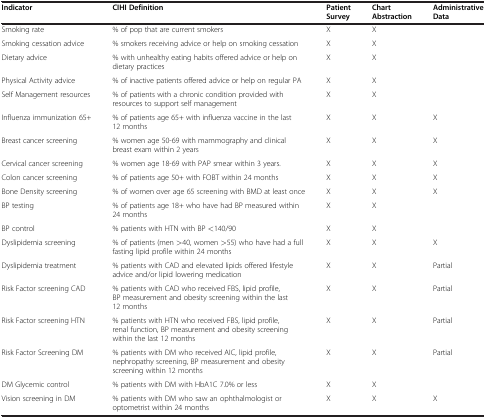
<table><thead><tr><td><b>Indicator</b></td><td><b>CIHI Definition</b></td><td><b>Patient Survey</b></td><td><b>Chart Abstraction</b></td><td><b>Administrative Data</b></td></tr></thead><tbody><tr><td>Smoking rate</td><td>% of pop that are current smokers</td><td>X</td><td>X</td><td> </td></tr><tr><td>Smoking cessation advice</td><td>% smokers receiving advice or help on smoking cessation</td><td>X</td><td>X</td><td> </td></tr><tr><td>Dietary advice</td><td>% with unhealthy eating habits offered advice or help on dietary practices</td><td>X</td><td>X</td><td> </td></tr><tr><td>Physical Activity advice</td><td>% of inactive patients offered advice or help on regular PA</td><td>X</td><td>X</td><td> </td></tr><tr><td>Self Management resources</td><td>% of patients with a chronic condition provided with resources to support self management</td><td>X</td><td>X</td><td> </td></tr><tr><td>Influenza immunization 65+</td><td>% of patients age 65+ with influenza vaccine in the last 12 months</td><td>X</td><td>X</td><td>X</td></tr><tr><td>Breast cancer screening</td><td>% women age 50-69 with mammography and clinical breast exam within 2 years</td><td>X</td><td>X</td><td>X</td></tr><tr><td>Cervical cancer screening</td><td>% women age 18-69 with PAP smear within 3 years.</td><td>X</td><td>X</td><td>X</td></tr><tr><td>Colon cancer screening</td><td>% of patients age 50+ with FOBT within 24 months</td><td>X</td><td>X</td><td>X</td></tr><tr><td>Bone Density screening</td><td>% of women over age 65 screening with BMD at least once</td><td>X</td><td>X</td><td>X</td></tr><tr><td>BP testing</td><td>% of patients age 18+ who have had BP measured within 24 months</td><td>X</td><td>X</td><td> </td></tr><tr><td>BP control</td><td>% patients with HTN with BP &lt;140/90</td><td>X</td><td>X</td><td> </td></tr><tr><td>Dyslipidemia screening</td><td>% of patients (men &gt;40, women &gt;55) who have had a full fasting lipid profile within 24 months</td><td>X</td><td>X</td><td>X</td></tr><tr><td>Dyslipidemia treatment</td><td>% patients with CAD and elevated lipids offered lifestyle advice and/or lipid lowering medication</td><td>X</td><td>X</td><td>Partial</td></tr><tr><td>Risk Factor screening CAD</td><td>% patients with CAD who received FBS, lipid profile, BP measurement and obesity screening within the last 12 months</td><td>X</td><td>X</td><td>Partial</td></tr><tr><td>Risk Factor screening HTN</td><td>% patients with HTN who received FBS, lipid profile, renal function, BP measurement and obesity screening within the last 12 months</td><td>X</td><td>X</td><td>Partial</td></tr><tr><td>Risk Factor Screening DM</td><td>% patients with DM who received AIC, lipid profile, nephropathy screening, BP measurement and obesity screening within 12 months</td><td>X</td><td>X</td><td>Partial</td></tr><tr><td>DM Glycemic control</td><td>% patients with DM with HbA1C 7.0% or less</td><td>X</td><td>X</td><td> </td></tr><tr><td>Vision screening in DM</td><td>% patients with DM who saw an ophthalmologist or optometrist within 24 months</td><td>X</td><td>X</td><td>X</td></tr></tbody></table>